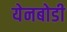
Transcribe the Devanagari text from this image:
येनबोडी